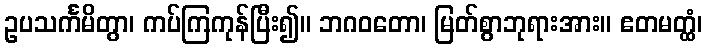
ဥပသင်္ကမိတွာ၊ ကပ်ကြကုန်ပြီး၍။ ဘဂဝတော၊ မြတ်စွာဘုရားအား။ ဧတမတ္ထံ၊